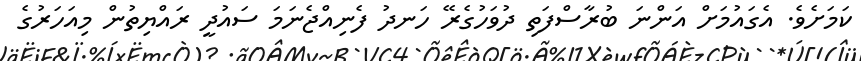
ކަމަށެވެ. އެގައުމަށް އަންނަ ބުރާސްފަތި ދުވަހުގެރޭ ހަނދު ފެނިއްޖެނަމަ ސައުދީ ރައްޔިތުން މިއަހަރުގެ